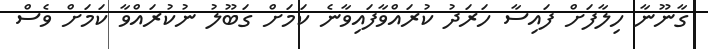
ގާނޫނާ ހިލާފަށް ފައިސާ ހަރަދު ކުރައްވާފައިވާނެ ކަމަށް ގަބޫލު ނުކުރައްވާ ކަމަށް ވެސް